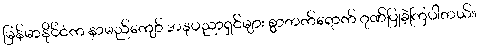
မြန်မာနိုင်ငံက နာမည်ကျော် အနုပညာရှင်များ စွာတက်ရောက် ဂုဏ်ပြုခဲ့ကြပါတယ်။